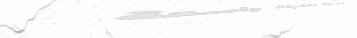
تجدوا لدينا تشكيلة واسعة